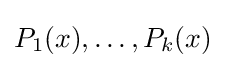
P_{1}(x),\ldots ,P_{k}(x)